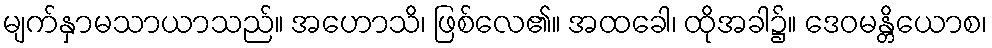
မျက်နှာမသာယာသည်။ အဟောသိ၊ ဖြစ်လေ၏။ အထခေါ၊ ထိုအခါ၌။ ဒေဝမန္တိယောစ၊